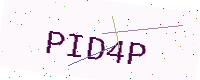
Text: PID4P